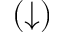
( \downarrow )